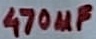
Text: 470µF